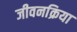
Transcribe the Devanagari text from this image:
जीवनक्रिया